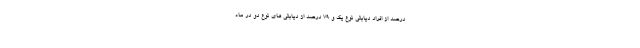
درصد از افراد دیابتی نوع یک و ۷۹ درصد از دیابتی های نوع دو در ماه